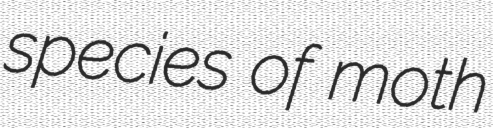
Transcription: species of moth